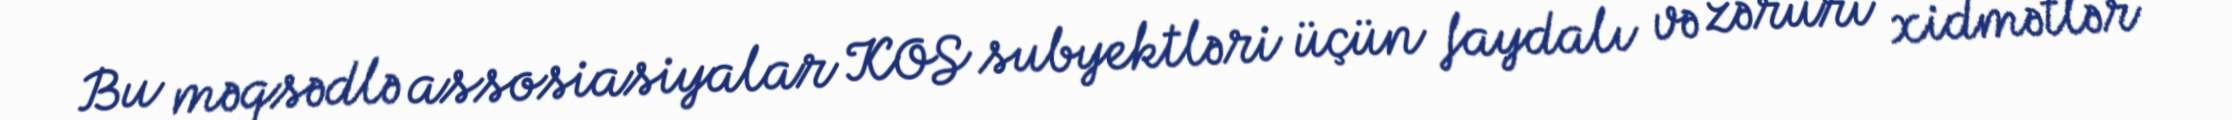
Bu məqsədlə assosiasiyalar KOS subyektləri üçün faydalı və zəruri xidmətlər